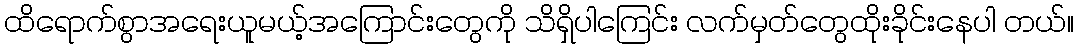
ထိရောက်စွာအရေးယူမယ့်အကြောင်းတွေကို သိရှိပါကြေင်း လက်မှတ်တွေထိုးခိုင်းနေပါ တယ်။